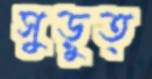
সুড়ুত্